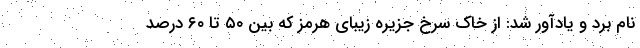
نام برد و یادآور شد: از خاک سرخ جزیره زیبای هرمز که بین ۵۰ تا ۶۰ درصد